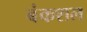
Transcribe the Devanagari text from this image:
बंकशल